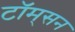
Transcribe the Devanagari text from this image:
टॉम्‌सन